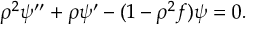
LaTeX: \rho ^ { 2 } \psi ^ { \prime \prime } + \rho \psi ^ { \prime } - ( 1 - \rho ^ { 2 } f ) \psi = 0 .